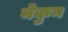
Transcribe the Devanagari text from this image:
नेकुन